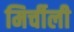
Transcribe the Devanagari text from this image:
मिर्चीली